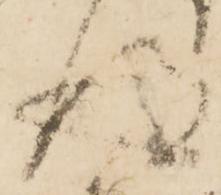
得